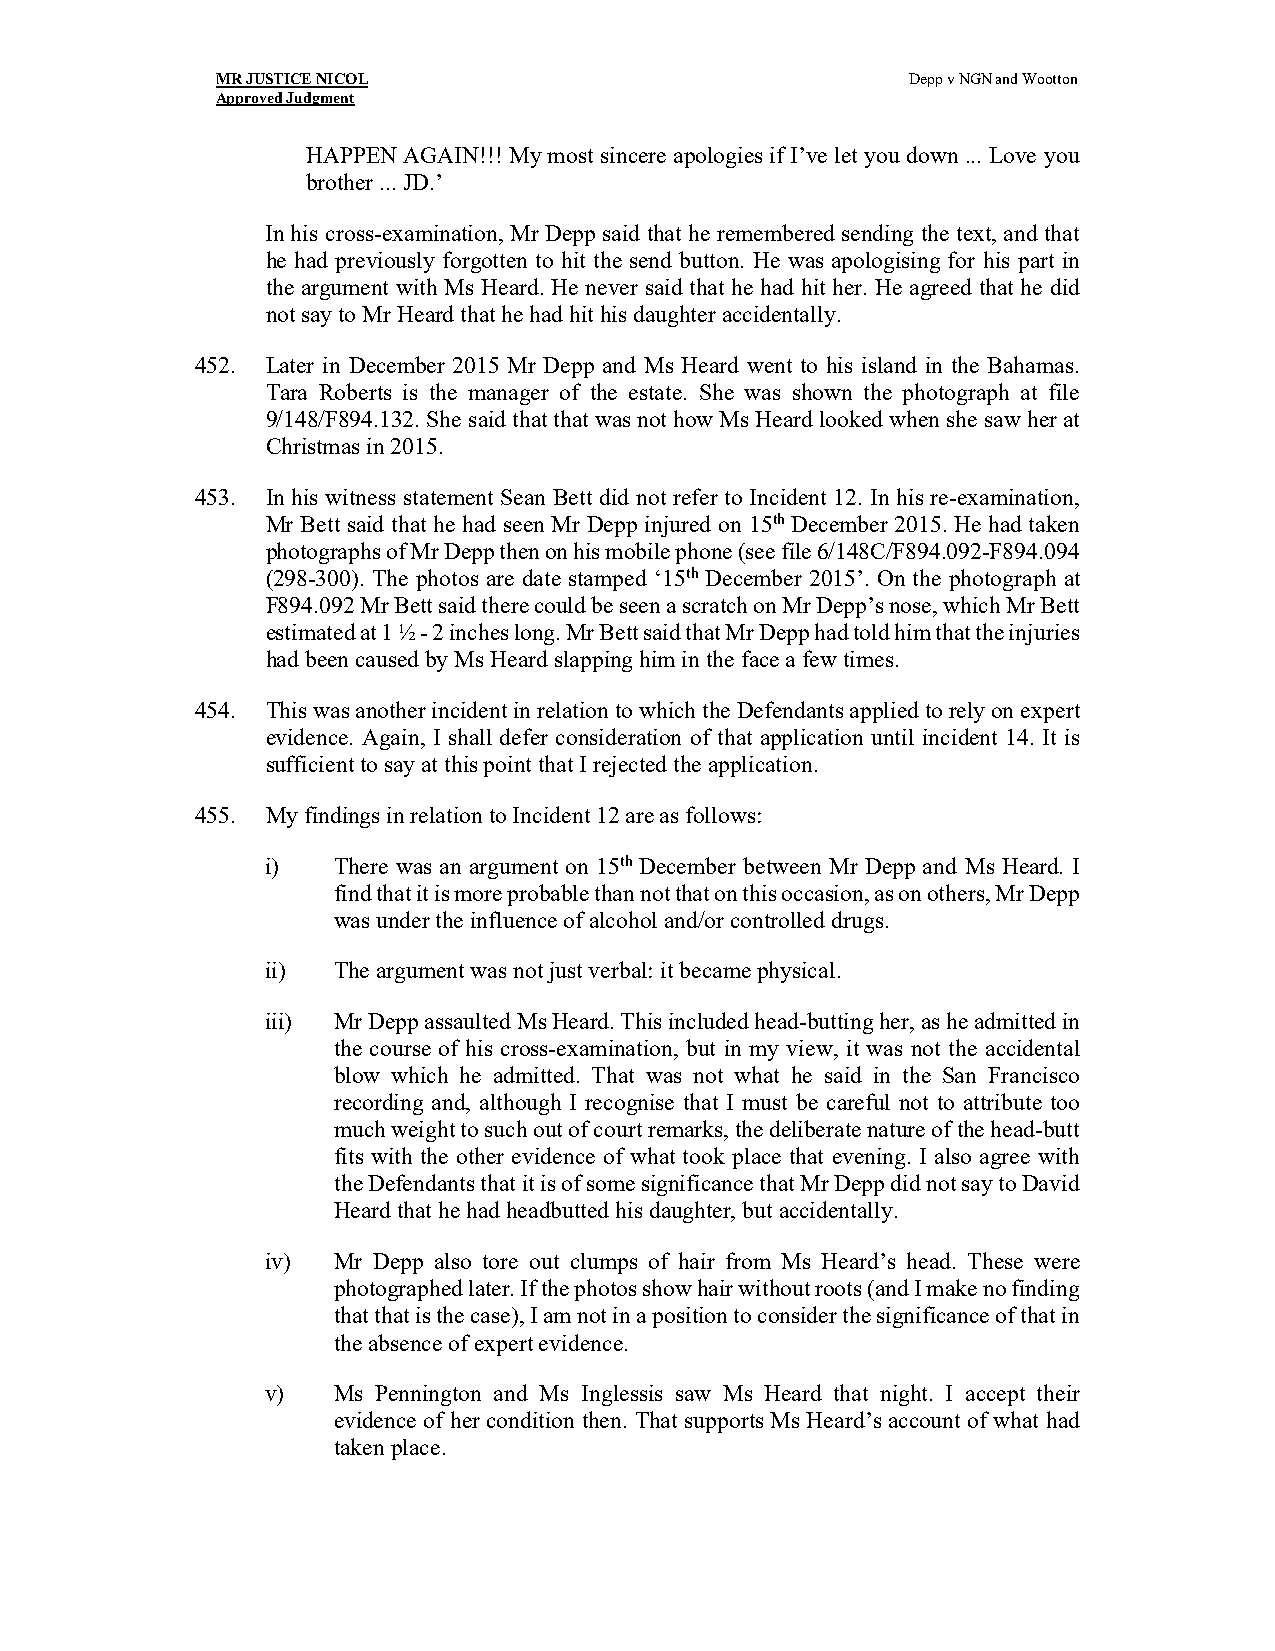
MR JUSTICE NICOL                              Depp v NGN and Wootton
 Approved Judgment
 HAPPEN AGAIN!!! My most sincere apologies if I’ve let you down ... Love you
 brother ... JD.’
 In his cross-examination, Mr Depp said that he remembered sending the text, and that
 he had previously forgotten to hit the send button. He was apologising for his part in
 the argument with Ms Heard. He never said that he had hit her. He agreed that he did
 not say to Mr Heard that he had hit his daughter accidentally.
 452. Later in December 2015 Mr Depp and Ms Heard went to his island in the Bahamas.
 Tara Roberts is the manager of the estate. She was shown the photograph at file
 9/148/F894.132. She said that that was not how Ms Heard looked when she saw her at
 Christmas in 2015.
 453. In his witness statement Sean Bett did not refer to Incident 12. In his re-examination,
 Mr Bett said that he had seen Mr Depp injured on 15th December 2015. He had taken
 photographs of Mr Depp then on his mobile phone (see file 6/148C/F894.092-F894.094
 (298-300). The photos are date stamped ‘15th December 2015’. On the photograph at
 F894.092 Mr Bett said there could be seen a scratch on Mr Depp’s nose, which Mr Bett
 estimated at 1 ½ - 2 inches long. Mr Bett said that Mr Depp had told him that the injuries
 had been caused by Ms Heard slapping him in the face a few times.
 454. This was another incident in relation to which the Defendants applied to rely on expert
 evidence. Again, I shall defer consideration of that application until incident 14. It is
 sufficient to say at this point that I rejected the application.
 455. My findings in relation to Incident 12 are as follows:
 i)  There was an argument on 15th December between Mr Depp and Ms Heard. I
 find that it is more probable than not that on this occasion, as on others, Mr Depp
 was under the influence of alcohol and/or controlled drugs.
 ii) The argument was not just verbal: it became physical.
 iii) Mr Depp assaulted Ms Heard. This included head-butting her, as he admitted in
 the course of his cross-examination, but in my view, it was not the accidental
 blow which he admitted. That was not what he said in the San Francisco
 recording and, although I recognise that I must be careful not to attribute too
 much weight to such out of court remarks, the deliberate nature of the head-butt
 fits with the other evidence of what took place that evening. I also agree with
 the Defendants that it is of some significance that Mr Depp did not say to David
 Heard that he had headbutted his daughter, but accidentally.
 iv) Mr Depp also tore out clumps of hair from Ms Heard’s head. These were
 photographed later. If the photos show hair without roots (and I make no finding
 that that is the case), I am not in a position to consider the significance of that in
 the absence of expert evidence.
 v)  Ms Pennington and Ms Inglessis saw Ms Heard that night. I accept their
 evidence of her condition then. That supports Ms Heard’s account of what had
 taken place.